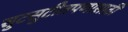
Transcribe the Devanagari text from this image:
सुटसुटीतपणासाठी